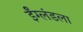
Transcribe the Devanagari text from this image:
ईंग्लंडला